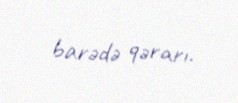
barədə qərarı.